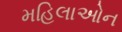
મહિલાઓન